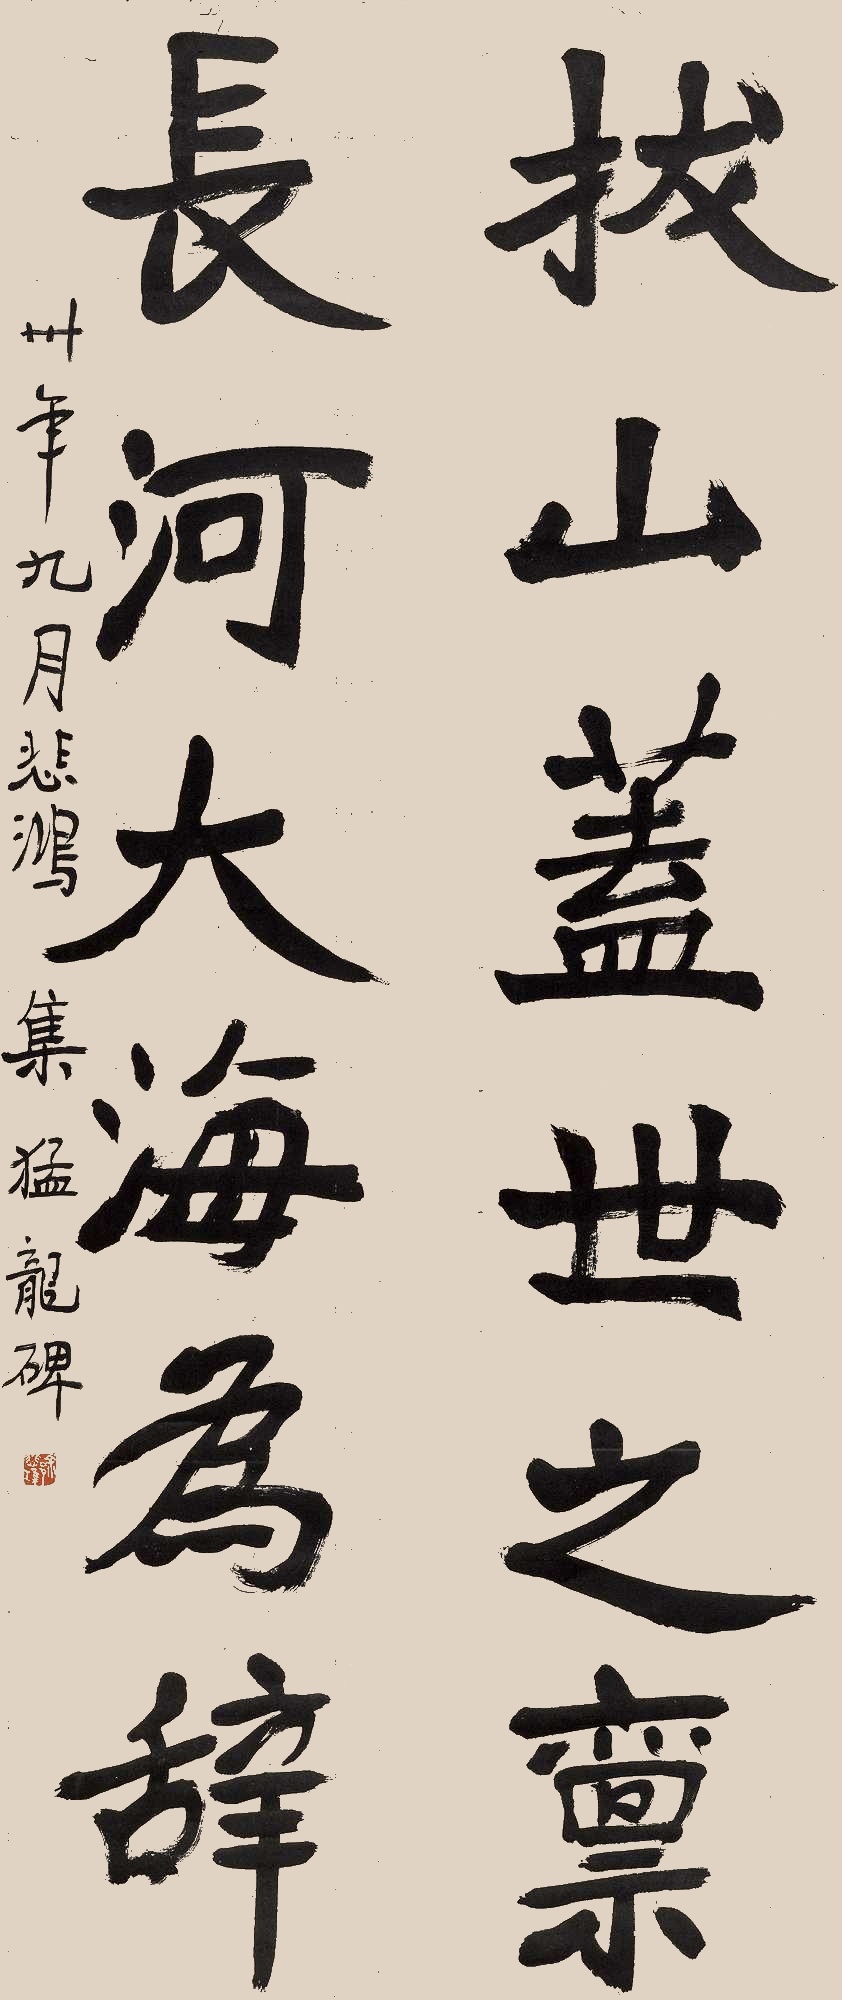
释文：拔山盖世之气，长河大海为辞。卅年九月，悲鸿集猛龙碑。